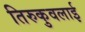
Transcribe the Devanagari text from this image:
तिरुकुवलाई